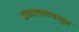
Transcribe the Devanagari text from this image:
प्राध्यापकापासून